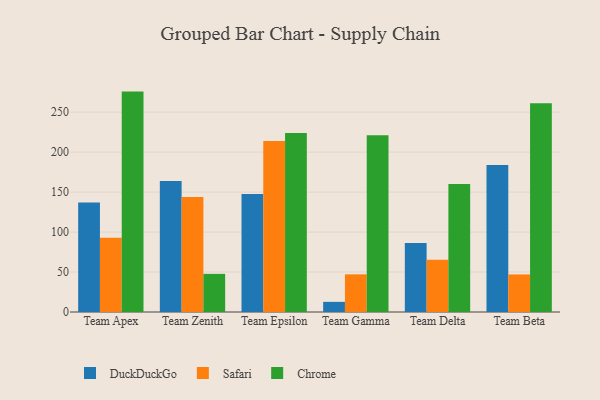
{"axis": {"x": "Team", "y": "Inventory Turnover"}, "legend": ["Chrome", "DuckDuckGo", "Safari"], "data": [{"x": "Team Apex", "y": 137.0, "type": "DuckDuckGo"}, {"x": "Team Apex", "y": 92.9, "type": "Safari"}, {"x": "Team Apex", "y": 275.7, "type": "Chrome"}, {"x": "Team Zenith", "y": 163.8, "type": "DuckDuckGo"}, {"x": "Team Zenith", "y": 143.8, "type": "Safari"}, {"x": "Team Zenith", "y": 47.7, "type": "Chrome"}, {"x": "Team Epsilon", "y": 147.7, "type": "DuckDuckGo"}, {"x": "Team Epsilon", "y": 213.8, "type": "Safari"}, {"x": "Team Epsilon", "y": 223.9, "type": "Chrome"}, {"x": "Team Gamma", "y": 12.7, "type": "DuckDuckGo"}, {"x": "Team Gamma", "y": 47.1, "type": "Safari"}, {"x": "Team Gamma", "y": 221.2, "type": "Chrome"}, {"x": "Team Delta", "y": 86.3, "type": "DuckDuckGo"}, {"x": "Team Delta", "y": 65.4, "type": "Safari"}, {"x": "Team Delta", "y": 160.2, "type": "Chrome"}, {"x": "Team Beta", "y": 184.0, "type": "DuckDuckGo"}, {"x": "Team Beta", "y": 47.0, "type": "Safari"}, {"x": "Team Beta", "y": 261.2, "type": "Chrome"}]}